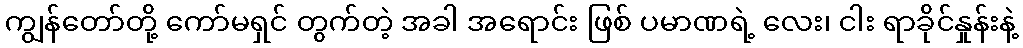
ကျွန်တော်တို့ ကော်မရှင် တွက်တဲ့ အခါ အရောင်း ဖြစ် ပမာဏရဲ့ လေး၊ ငါး ရာခိုင်နှုန်းနဲ့